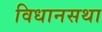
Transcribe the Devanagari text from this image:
विधानसथा